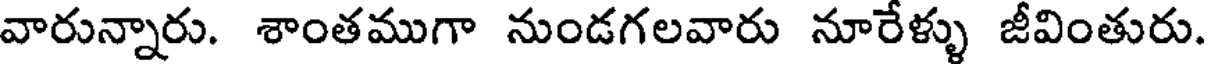
వారున్నారు. శాంతముగా నుండగలవారు నూరేళ్ళు జీవింతురు.